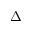
\Delta